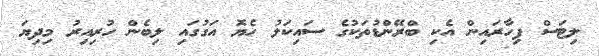
ލިޓަސް ފިހާރައިން އެކި ބްރޭންޑުތަކުގެ ސައިކަލު ހެޔޮ އަގުގައި ލިބެން ހުރިއިރު މިދިޔަ